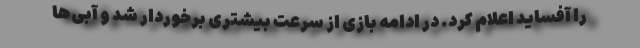
را آفساید اعلام کرد. در ادامه بازی از سرعت بیشتری برخوردار شد و آبی‌ها